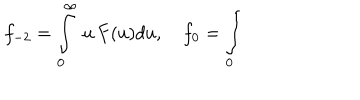
f _ { - 2 } = \int _ { 0 } ^ { \infty } \, u \, F ( u ) d u , \quad f _ { 0 } = \int _ { 0 }